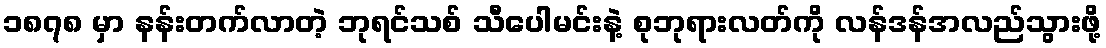
၁၈၇၈ မှာ နန်းတက်လာတဲ့ ဘုရင်သစ် သီပေါမင်းနဲ့ စုဘုရားလတ်ကို လန်ဒန်အလည်သွားဖို့